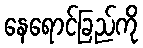
နေရောင်ခြည်ကို